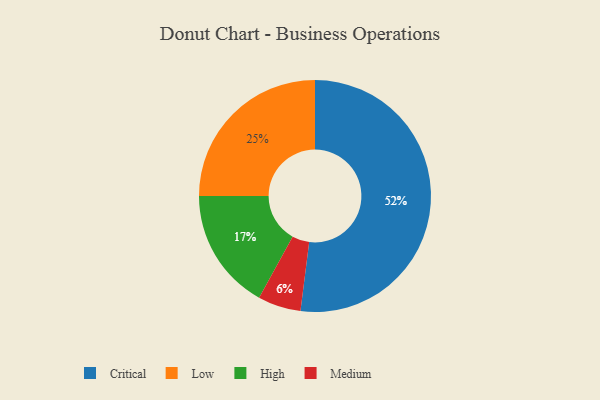
{"axis": {"x": "Category", "y": "Percentage"}, "legend": ["Critical", "High", "Low", "Medium"], "data": [{"x": "Low", "y": 25, "type": "Low"}, {"x": "Critical", "y": 52, "type": "Critical"}, {"x": "Medium", "y": 6, "type": "Medium"}, {"x": "High", "y": 17, "type": "High"}]}